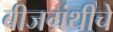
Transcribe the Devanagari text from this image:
बीजग्रंथीचे